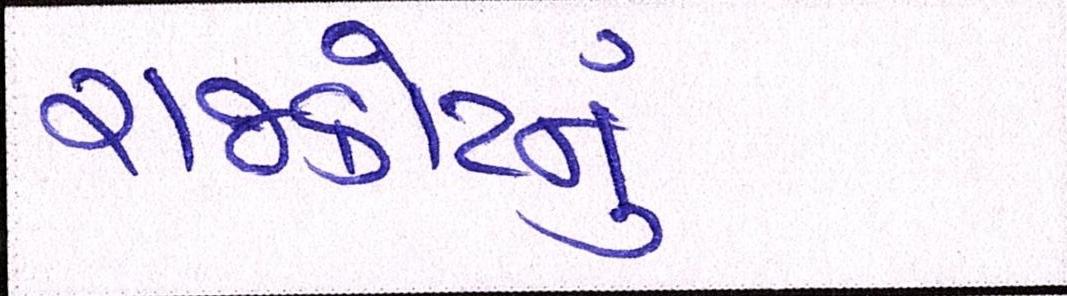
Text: રાજકોટનું